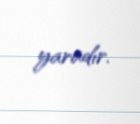
yaradır.